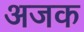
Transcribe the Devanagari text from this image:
अजक